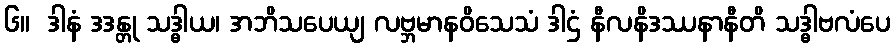
၆။  ဒါနံ ဒဒန္တု သဒ္ဓါယ၊ အဘိသပေယျ လဗ္ဘမာနဝိသေသံ ဒါဌံ နီလနိဒဿနာနီတိ သဒ္ဓါဗလံပေ